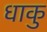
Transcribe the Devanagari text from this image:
धाकु